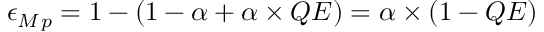
\epsilon _ { M } { } _ { p } = 1 - ( 1 - \alpha + \alpha \times Q E ) = \alpha \times ( 1 - Q E )